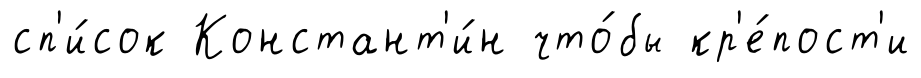
сп'и́сок Констант'и́н что́бы кр'е́пост'и